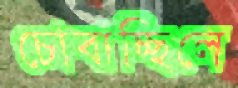
চোবাচ্ছিলে